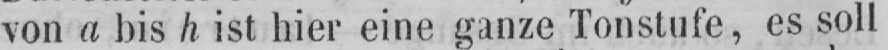
von a bis h ist hier eine ganze Tonstufe, es soll